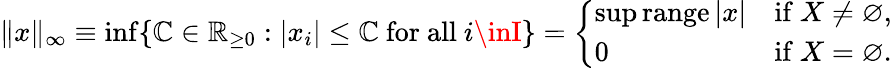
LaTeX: \| x\| _{\infty}\equiv\operatorname*{inf}\{ \mathbb{C}\in\mathbb{{R}}_{\geq0}:|x_{i}|\leq\mathbb{C}{\mathrm{{~for~all~}}}i\inI\} ={\left\{ \begin{array}{ll}{\operatorname*{sup}\operatorname{range}|x|}&{{\mathrm{if~}}X\neq\varnothing,}\\ {0}&{{\mathrm{if~}}X=\varnothing.}\end{array}\right.}